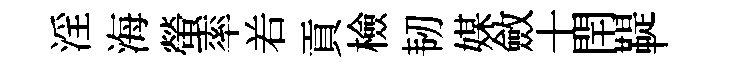
淫海螢率𠰥貢檢韧媒斂士閈鞮